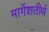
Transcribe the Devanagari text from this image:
मार्गेशतीर्थ